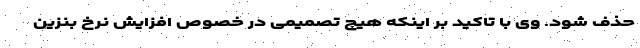
حذف شود. وی با تاکید بر اینکه هیچ تصمیمی در خصوص افزایش نرخ بنزین